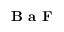
\mathrm { \textbf { B a F } }